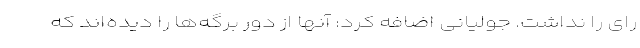
رای را نداشت. جولیانی اضافه کرد: آنها از دور برگه‌ها را دیده‌اند که